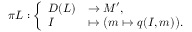
\pi L : \left\{ \begin{array} { l l } { D ( L ) } & { \to M ^ { \prime } , } \\ { I } & { \mapsto \big ( m \mapsto q ( I , m ) \big ) . } \end{array} \right.